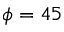
\phi = 4 5